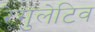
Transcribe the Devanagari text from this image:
रेगुलेटिव